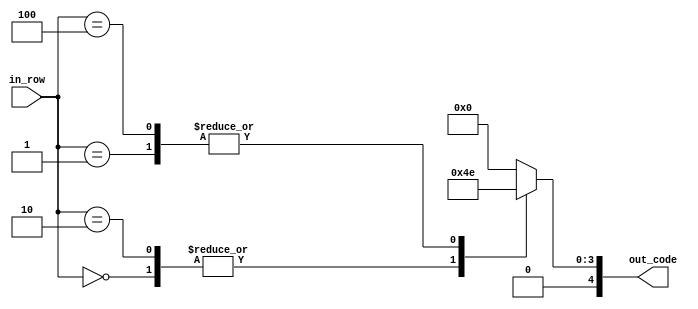
`timescale 1ns / 1ps
//////////////////////////////////////////////////////////////////////////////////
// Company: 
// Engineer: 
// 
// Design Name: 
// Module Name:    bsigno 
// Project Name: 
// Target Devices: 
// Tool versions: 
// Description: 
//
// Dependencies: 
//
// Revision: 
// Revision 0.01 - File Created
// Additional Comments: 
//
//////////////////////////////////////////////////////////////////////////////////
module bsigno(
	 input [2:0] in_row,
    output reg [4:0] out_code
    );

parameter [4:0] d_0 = 5'b00100; //   X
parameter [4:0] d_1 = 5'b01110; //  XXX


always @ *
begin
	case (in_row)
		3'b000:
			out_code = d_0;
		3'b001:
			out_code = d_1;
		3'b010:
			out_code = d_0;
		3'b011:
			out_code = 5'b0;
		3'b100:
			out_code = d_1;
		default:
			out_code = 5'b0;
	endcase
end

endmodule